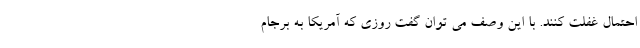
احتمال غفلت کنند. با این وصف می توان گفت روزی که آمریکا به برجام